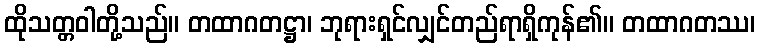
ထိုသတ္တဝါတို့သည်။ တထာဂတဋ္ဌာ၊ ဘုရားရှင်လျှင်တည်ရာရှိကုန်၏။ တထာဂတဿ၊